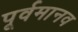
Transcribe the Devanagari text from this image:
पूर्वमानव